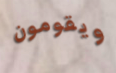
ويقومون